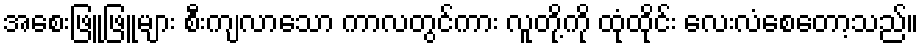
အစေးဖြူဖြူများ စီးကျလာသော ကာလတွင်ကား လူတို့ကို ထုံထိုင်း လေးလံစေတော့သည်။